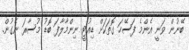
ބޭނުން ވަނީ އެންމެ ފަސޭހަ ގޮތަކަށް ޑިއުޓީ ނިންމާލާފަ ބޮޑު މުސާރަ ނެގުން.